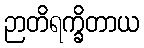
ဉာတိရက္ခိတာယ